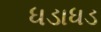
ધડાધડ